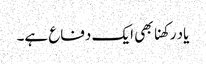
یاد رکھنا بھی ایک دفاع ہے۔